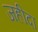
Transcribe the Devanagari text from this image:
जहीदा